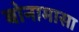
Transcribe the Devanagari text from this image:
बोनामासा